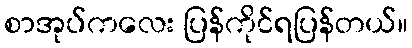
စာအုပ်ကလေး ပြန်ကိုင်ရပြန်တယ်။